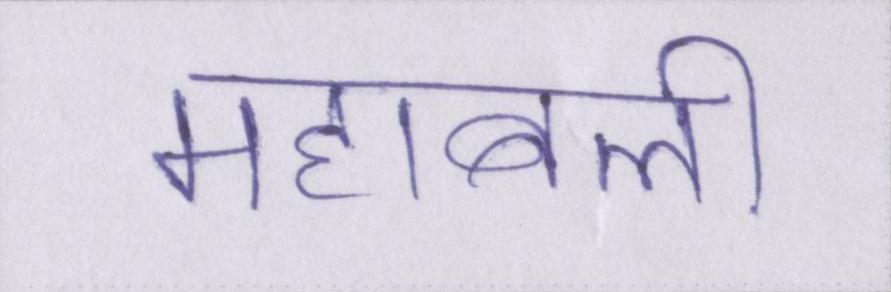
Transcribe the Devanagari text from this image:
महाबली